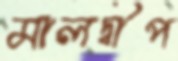
মালদ্বীপ